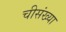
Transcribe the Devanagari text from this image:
चीसंख्या